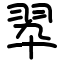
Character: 翆